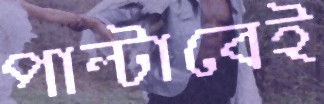
পাল্টাবেই